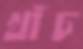
খাঁচ